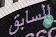
السابق